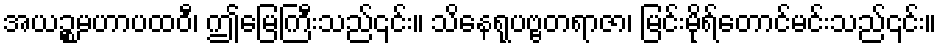
အယဉ္စမဟာပထဝီ၊ ဤမြေကြီးသည်၎င်း။ သိနေရုပဗ္ဗတရာဇာ၊ မြင်းမိုရ်တောင်မင်းသည်၎င်း။